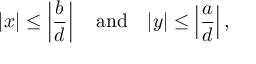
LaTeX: | x | \leq \left| { \frac { b } { d } } \right| \quad { \mathrm { a n d } } \quad | y | \leq \left| { \frac { a } { d } } \right| ,